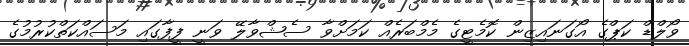
ވޯލްޑް ކަޕްގެ އޯގަނައިޒިން ކޮމެޓީގެ މެމްބަރެއް ކަމަށްވާ ސެޝްވާލޭ ވަނީ ފީފާގައި މަސައްކަތްކުރުމުގެ